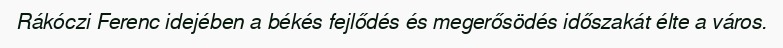
Rákóczi Ferenc idejében a békés fejlődés és megerősödés időszakát élte a város.